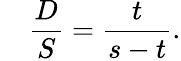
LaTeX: \quad{\frac{D}{S}}={\frac{t}{s-t}}.